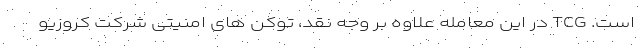
است. TCG در این معامله علاوه بر وجه نقد، توکن های امنیتی شرکت کروزیو